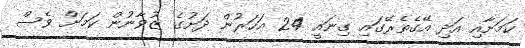
ކަމަށާއި އަދި އޭގެތެރޭގައި ގިނައީ 24 އަހަރުން ދަށުގެ ޒުވާނުން ކަމަށް ވެސް